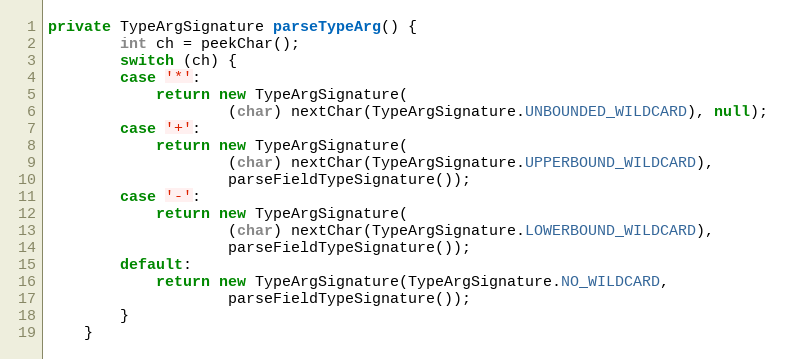
Language: Java
private TypeArgSignature parseTypeArg() {
		int ch = peekChar();
		switch (ch) {
		case '*':
			return new TypeArgSignature(
					(char) nextChar(TypeArgSignature.UNBOUNDED_WILDCARD), null);
		case '+':
			return new TypeArgSignature(
					(char) nextChar(TypeArgSignature.UPPERBOUND_WILDCARD),
					parseFieldTypeSignature());
		case '-':
			return new TypeArgSignature(
					(char) nextChar(TypeArgSignature.LOWERBOUND_WILDCARD),
					parseFieldTypeSignature());
		default:
			return new TypeArgSignature(TypeArgSignature.NO_WILDCARD,
					parseFieldTypeSignature());
		}
	}